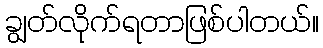
ချွတ်လိုက်ရတာဖြစ်ပါတယ်။